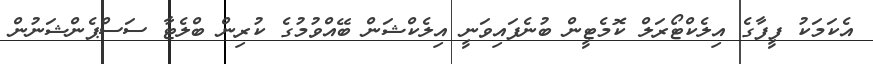
އެކަމަކު ފީފާގެ އިލެކްޓޯރަލް ކޮމެޓީން ބުނެފައިވަނީ އިލެކްޝަން ބޭއްވުމުގެ ކުރިން ބްލެޓާ ސަސްޕެންޝަނުން